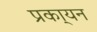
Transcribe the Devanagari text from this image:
प्रका्यन